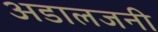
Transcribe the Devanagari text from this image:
अडालजनी